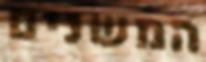
המשנים